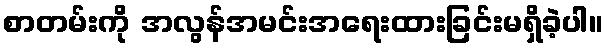
စာတမ်းကို အလွန်အမင်းအရေးထားခြင်းမရှိခဲ့ပါ။